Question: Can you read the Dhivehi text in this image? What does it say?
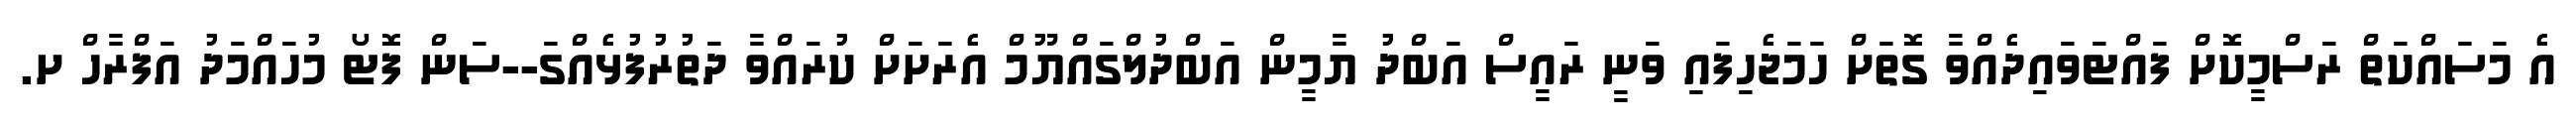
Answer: އެ މަސައްކަތް ރަސްމީކޮށް ފައްޓަވައިދެއްވާ ގޮތަށް ހަމަޖެހިފައި ވަނީ ރައީސް އަބްދު ޔާމީން އަބްދުލްގައްޔޫމް އެރަށަށް ކުރައްވާ ދަތުރުފުޅެއްގަ--ސަން ފޮޓޯ މުހައްމަދު އަފްރާހް ށ.